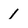
Character: l